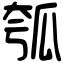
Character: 瓠